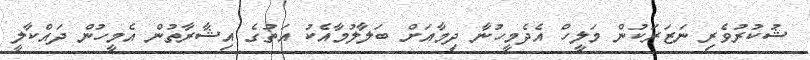
ޝުކުރުވެރި ނަޒަރަކުން މަލީހް އެދެމީހުނާ ދިމާއަށް ބަލާލުމާއެކު އަތުގެ އިޝާރާތުން އެމީހުން ދައްކާލީ